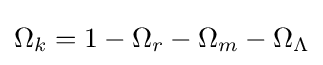
\Omega _{k}=1-\Omega _{r}-\Omega _{m}-\Omega _{\Lambda }